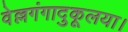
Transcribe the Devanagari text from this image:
वेल्लगंगादुकूलया।